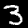
Digit: 3